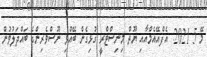
މޭ 5 2021: އެފްއޭއެމްއާއި ޔޫތް މިނިސްޓްރީ ގުޅިގެން ބޭއްވި ނޫސްވެރިންގެ ބައްދަލުވުން